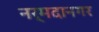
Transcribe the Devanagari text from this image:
नर्मदानगर